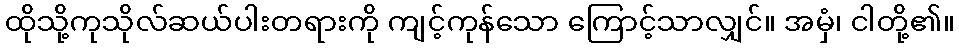
ထိုသို့ကုသိုလ်ဆယ်ပါးတရားကို ကျင့်ကုန်သော ကြောင့်သာလျှင်။ အမှံ၊ ငါတို့၏။